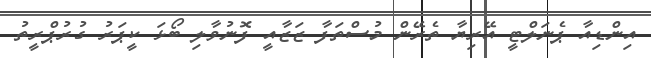
އިންޑިއާ ޕެނަލްޓީ އޭރިޔާ ތެރޭން މުސްތަފާ ޒަޒާއީ ފޮނުވާލި ބޯޅަ ކީޕަރު ގުރުޕްރީތު